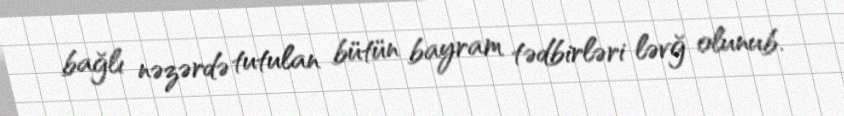
bağlı nəzərdə tutulan bütün bayram tədbirləri ləvğ olunub.